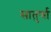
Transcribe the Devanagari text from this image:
सातुर्णा